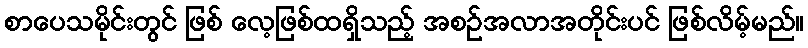
စာပေသမိုင်းတွင် ဖြစ် လေ့ဖြစ်ထရှိသည့် အစဉ်အလာအတိုင်းပင် ဖြစ်လိမ့်မည်။